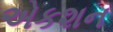
એકશન